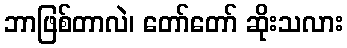
ဘာဖြစ်တာလဲ၊ တော်တော် ဆိုးသလား